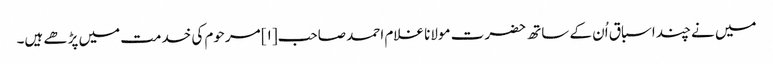
میں نے چند اسباق اُن کے ساتھ حضرت مولانا غلام احمد صاحب[۱] مرحوم کی خدمت میں پڑھے ہیں۔